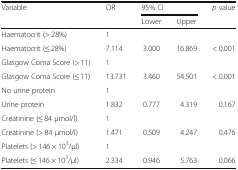
<table><thead><tr><td rowspan="2"><b>Variable</b></td><td rowspan="2"><b>OR</b></td><td colspan="2"><b>95% CI</b></td><td><b><i>p</i> value</b></td></tr><tr><td><b>Lower</b></td><td><b>Upper</b></td><td></td></tr></thead><tbody><tr><td>Haematocrit (&gt; 28%)</td><td>1</td><td></td><td></td><td></td></tr><tr><td>Haematocrit (≤ 28%)</td><td>7.114</td><td>3.000</td><td>16.869</td><td>&lt; 0.001</td></tr><tr><td>Glasgow Coma Score (&gt; 11)</td><td>1</td><td></td><td></td><td></td></tr><tr><td>Glasgow Coma Score (≤ 11)</td><td>13.731</td><td>3.460</td><td>54.501</td><td>&lt; 0.001</td></tr><tr><td>No urine protein</td><td>1</td><td></td><td></td><td></td></tr><tr><td>Urine protein</td><td>1.832</td><td>0.777</td><td>4.319</td><td>0.167</td></tr><tr><td>Creatinine (≤ 84 μmol/l)</td><td>1</td><td></td><td></td><td></td></tr><tr><td>Creatinine (&gt; 84 μmol/l)</td><td>1.471</td><td>0.509</td><td>4.247</td><td>0.476</td></tr><tr><td>Platelets (&gt; 146 × 10<sup>3</sup>/μl)</td><td>1</td><td></td><td></td><td></td></tr><tr><td>Platelets (≤ 146 × 10<sup>3</sup>/μl)</td><td>2.334</td><td>0.946</td><td>5.763</td><td>0.066</td></tr></tbody></table>